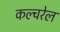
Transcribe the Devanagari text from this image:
कल्चरेल